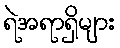
ရဲအရာရှိများ